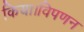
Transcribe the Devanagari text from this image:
किया।विपणन